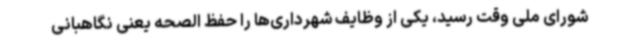
شورای ملی وقت رسید، یکی از وظایف شهرداری‌ها را حفظ الصحه یعنی نگاهبانی